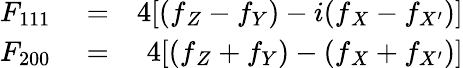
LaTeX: \begin{array}{rlr}{F_{111}}&{{}=}&{4{[(f{_Z}-f_{Y})-i(f{_X}-f_{X^{\prime}})]}}\\ {F_{200}}&{{}=}&{4[(f{_Z}+f_{Y})-(f{_X}+f_{X^{\prime}})]}\end{array}